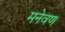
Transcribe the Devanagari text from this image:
मनेवण